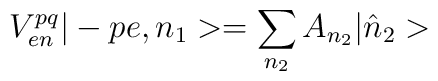
V_{en}^{pq}|-pe,n_{1}>=\sum_{n_{2}}A_{n_{2}}|\hat{n}_{2}>